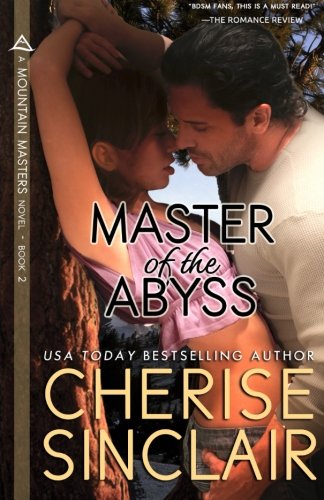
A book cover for Master of the Abyss (Mountain Masters) (Volume 2); Cherise Sinclair; Romance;